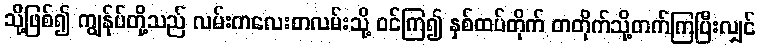
သို့ဖြစ်၍ ကျွန်ုပ်တို့သည် လမ်းကလေးတလမ်းသို့ ဝင်ကြ၍ နှစ်ထပ်တိုက် တတိုက်သို့တက်ကြပြီးလျှင်